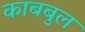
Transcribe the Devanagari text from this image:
काबबुल